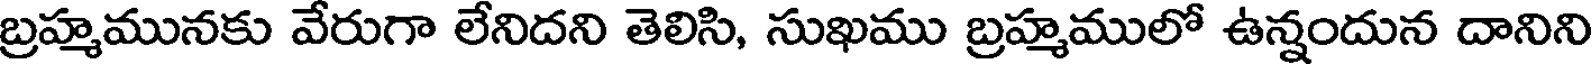
బ్రహ్మమునకు వేరుగా లేనిదని తెలిసి, సుఖము బ్రహ్మములో ఉన్నందున దానిని